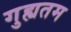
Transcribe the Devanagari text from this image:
गुह्यतम